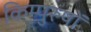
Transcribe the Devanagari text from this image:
किम्पुरुषों